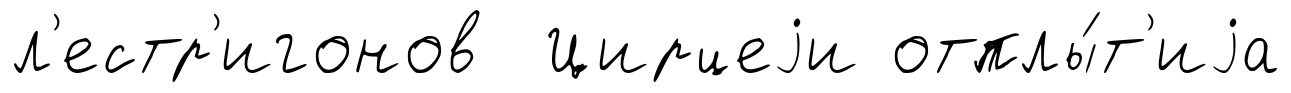
л'естр'игонов Цирцеjи отплы́т'иjа